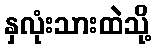
နှလုံးသားထဲသို့